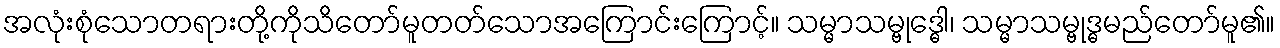
အလုံးစုံသောတရားတို့ကိုသိတော်မူတတ်သောအကြောင်းကြောင့်။ သမ္မာသမ္ဗုဒ္ဓေါ၊ သမ္မာသမ္ဗုဒ္ဓမည်တော်မူ၏။